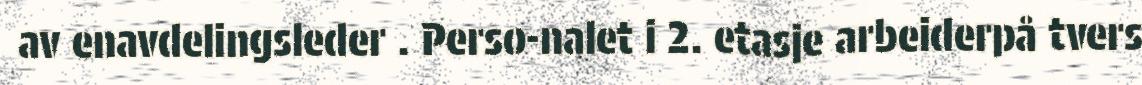
av enavdelingsleder . Perso-nalet i 2. etasje arbeiderpå tvers